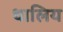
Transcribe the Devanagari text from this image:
थालिय